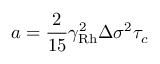
a = \frac { 2 } { 1 5 } \gamma _ { \mathrm { R h } } ^ { 2 } \Delta \sigma ^ { 2 } \tau _ { c }